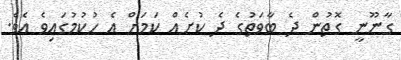
ގާނޫނީ ގޮތުން ދެ ބާވަތުގެ ދެ ކުށެއް ކަމަށް އެ ހުކުމުގައިވެ އެވެ.